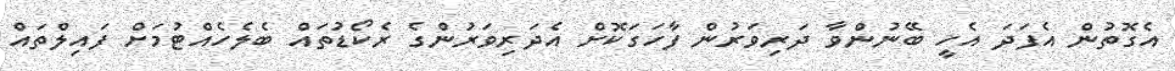
އެގޮތުން އެފަދަ އެހީ ބޭނުންވާ ދަރިވަރުން ފާހަގަކޮށް އެދަރިވަރުންގެ ރެކޯޑުތައް ބެލެހެއްޓުމަށް ފައިލްތައް